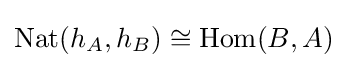
\mathrm {Nat} (h_{A},h_{B})\cong \mathrm {Hom} (B,A)